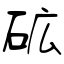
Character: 砿